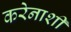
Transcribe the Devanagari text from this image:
करेेनाशी